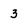
Character: 3